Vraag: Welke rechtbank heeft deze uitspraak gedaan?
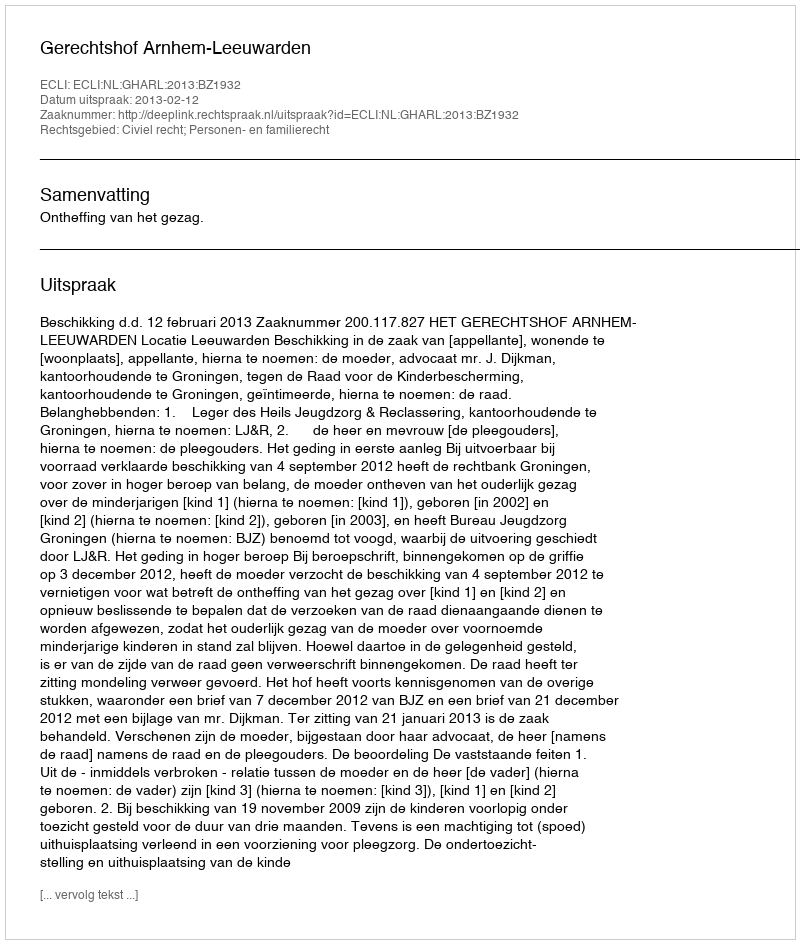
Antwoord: Gerechtshof Arnhem-Leeuwarden